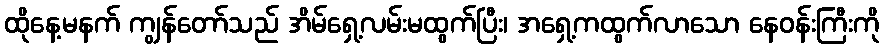
ထိုနေ့မနက် ကျွန်တော်သည် အိမ်ရှေ့လမ်းမထွက်ပြီး၊ အရှေ့ကထွက်လာသော နေဝန်းကြီးကို